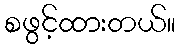
စဖွင့်ထားတယ်။